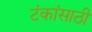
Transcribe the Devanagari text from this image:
टंकांसाठी